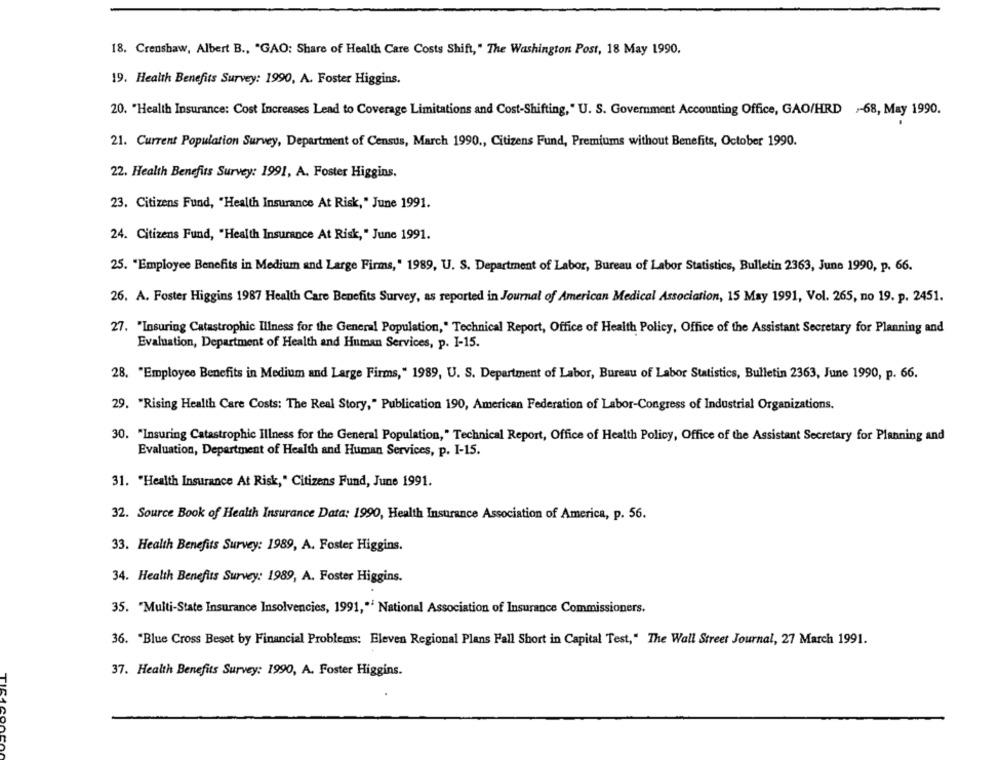
18. Crenshaw, Albert B ., "GAO: Share of Health Care Costs Shift," The Washington Post, 18 May 1990.
19. Health Benefits Survey: 1990, A. Foster Higgins.
20. "Health Insurance: Cost Increases Lead to Coverage Limitations and Cost-Shifting, " U. S. Government Accounting Office, GAO/HRD -- 68, May 1990.
21. Current Population Survey, Department of Census, March 1990 ., Citizens Fund, Premiums without Benefits, October 1990.
22. Health Benefits Survey: 1991, A. Foster Higgins.
23. Citizens Fund, "Health Insurance At Risk," June 1991.
24. Citizens Fund, "Health Insurance At Risk," June 1991.
25. "Employee Benefits in Medium and Large Firms," 1989, U. S. Department of Labor, Bureau of Labor Statistics, Bulletin 2363, June 1990, p. 66.
26. A. Foster Higgins 1987 Health Care Benefits Survey, as reported in Journal of American Medical Association, 15 May 1991, Vol. 265, no 19. p. 2451.
27. "Insuring Catastrophic Illness for the General Population," Technical Report, Office of Health Policy, Office of the Assistant Secretary for Planning and
Evaluation, Department of Health and Human Services, p. 1-15.
28. "Employee Benefits in Medium and Large Firms," 1989, U. S. Department of Labor, Bureau of Labor Statistics, Bulletin 2363, June 1990, p. 66.
29. "Rising Health Care Costs: The Real Story," Publication 190, American Federation of Labor-Congress of Industrial Organizations.
30. "Insuring Catastrophic Illness for the General Population, " Technical Report, Office of Health Policy, Office of the Assistant Secretary for Planning and
Evaluation, Department of Health and Human Services, p. I-15.
31. "Health Insurance At Risk," Citizens Fund, June 1991.
32. Source Book of Health Insurance Data: 1990, Health Insurance Association of America, p. 56.
33. Health Benefits Survey: 1989, A. Foster Higgins.
34. Health Benefits Survey: 1989, A. Foster Higgins.
35. "Multi-State Insurance Insolvencies, 1991,"' National Association of Insurance Commissioners.
36. "Blue Cross Beset by Financial Problems: Eleven Regional Plans Fall Short in Capital Test," The Wall Street Journal, 27 March 1991.
37. Health Benefits Survey: 1990, A. Foster Higgins.
TI